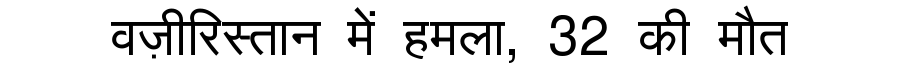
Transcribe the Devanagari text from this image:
वज़ीरिस्तान में हमला, 32 की मौत